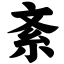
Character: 紊